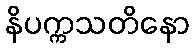
နိပက္ကသတိနော